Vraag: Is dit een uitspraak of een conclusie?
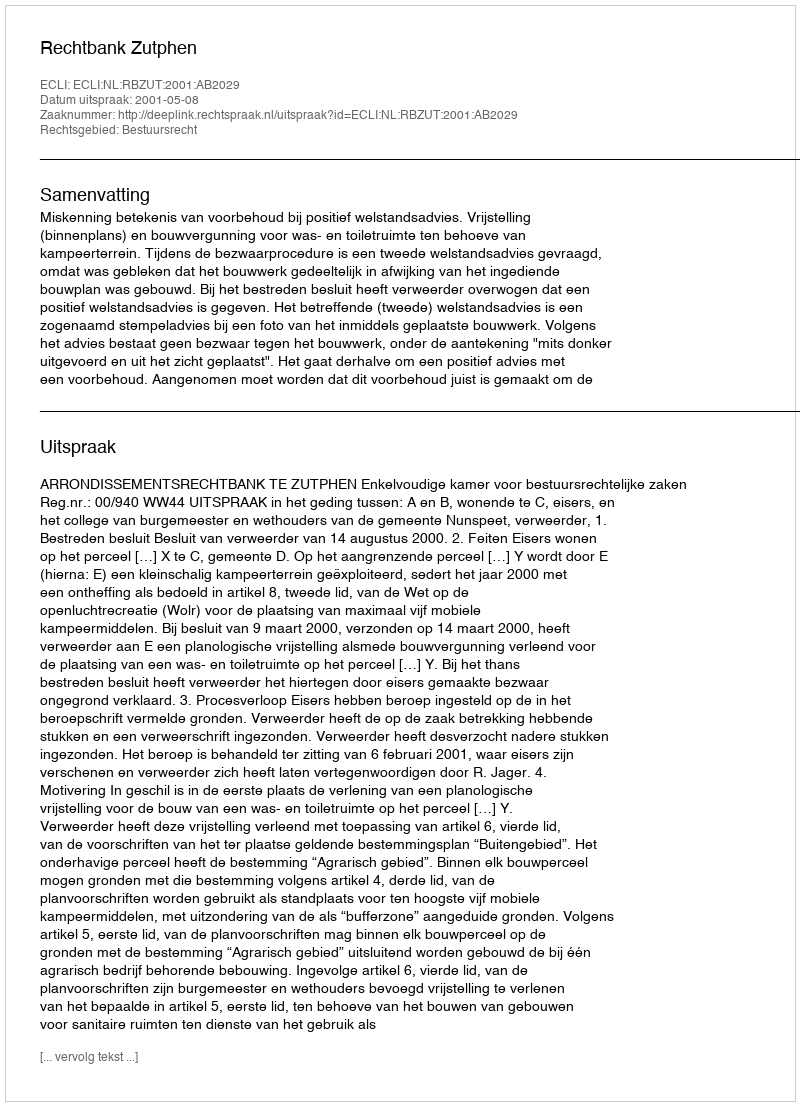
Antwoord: Uitspraak